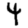
Digit: 4